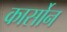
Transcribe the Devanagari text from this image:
कार्सोन